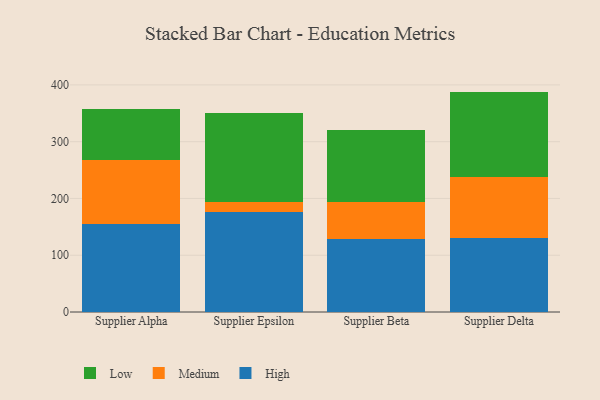
{"axis": {"x": "Supplier", "y": "Active Users"}, "legend": ["High", "Low", "Medium"], "data": [{"x": "Supplier Alpha", "y": 154.4, "type": "High"}, {"x": "Supplier Alpha", "y": 113.8, "type": "Medium"}, {"x": "Supplier Alpha", "y": 90.1, "type": "Low"}, {"x": "Supplier Epsilon", "y": 177.0, "type": "High"}, {"x": "Supplier Epsilon", "y": 17.0, "type": "Medium"}, {"x": "Supplier Epsilon", "y": 156.5, "type": "Low"}, {"x": "Supplier Beta", "y": 129.4, "type": "High"}, {"x": "Supplier Beta", "y": 63.9, "type": "Medium"}, {"x": "Supplier Beta", "y": 127.2, "type": "Low"}, {"x": "Supplier Delta", "y": 129.9, "type": "High"}, {"x": "Supplier Delta", "y": 107.6, "type": "Medium"}, {"x": "Supplier Delta", "y": 150.7, "type": "Low"}]}